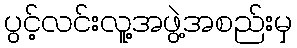
ပွင့်လင်းလူ့အဖွဲ့အစည်းမှ